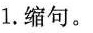
1.缩句